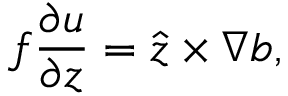
f \frac { \partial \boldsymbol { u } } { \partial z } = \boldsymbol { \hat { z } } \times \boldsymbol { \nabla } b ,